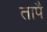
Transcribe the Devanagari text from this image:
तापै